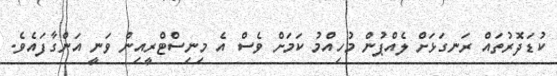
ކުޑަދޮރުތައް ރަނގަޅަށް ލެއްޕުން މުހިއްމު ކަމަށް ވެސް އެ މިނިސްޓްރީއިން ވަނީ އަންގާފައެވެ.